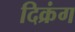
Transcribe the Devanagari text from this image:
दिक्रंग